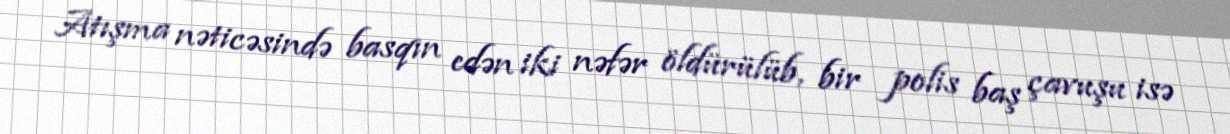
Atışma nəticəsində basqın edən iki nəfər öldürülüb, bir polis baş çavuşu isə